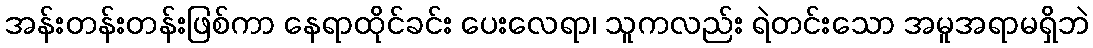
အန်းတန်းတန်းဖြစ်ကာ နေရာထိုင်ခင်း ပေးလေရာ၊ သူကလည်း ရဲတင်းသော အမူအရာမရှိဘဲ